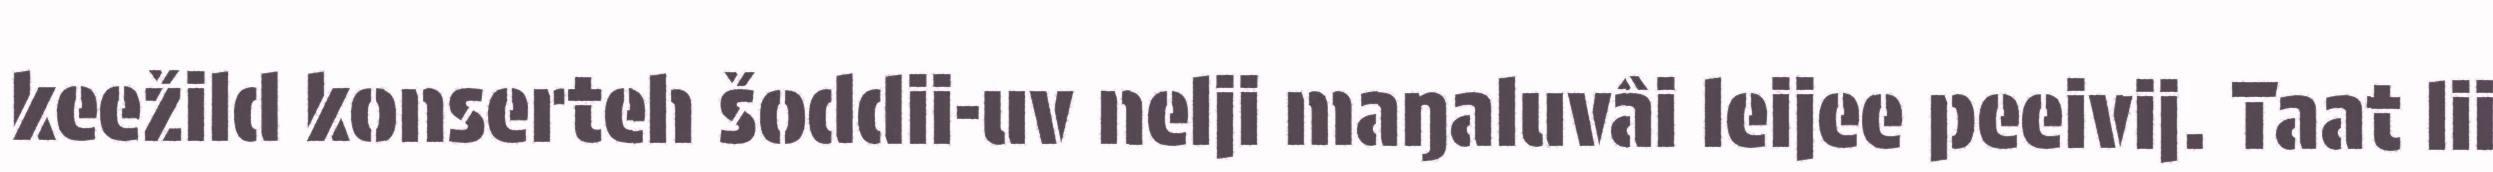
keežild konserteh šoddii-uv nelji maŋaluvâi leijee peeivij. Taat lii